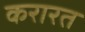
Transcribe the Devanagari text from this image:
करारत